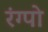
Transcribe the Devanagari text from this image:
रंग्पो